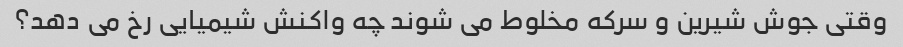
وقتی جوش شیرین و سرکه مخلوط می شوند چه واکنش شیمیایی رخ می دهد؟